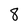
Character: 8